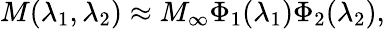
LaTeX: M(\lambda_{1},\lambda_{2})\approx M_{\infty}\Phi_{1}(\lambda_{1})\Phi_{2}(\lambda_{2}),